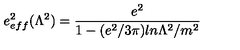
e _ { e f f } ^ { 2 } ( \Lambda ^ { 2 } ) = { \frac { e ^ { 2 } } { 1 - ( e ^ { 2 } / 3 \pi ) l n \Lambda ^ { 2 } / m ^ { 2 } } }